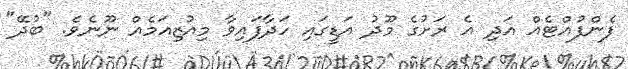
ފެންފުއްޓެއް އަދި އެ ރަށުގެ މޫދު އަޑީގައި ހަދާފައިވާ މިއުޒިއަމެއް ނޫނެވެ. "ބުދޭ"